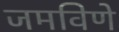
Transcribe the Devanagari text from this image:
जमविणे